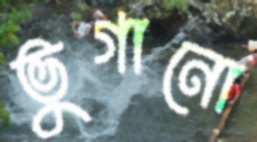
ভুগানো